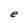
Character: e